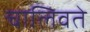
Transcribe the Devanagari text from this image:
चालिवते